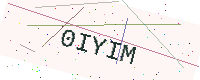
Text: 0IYIM